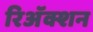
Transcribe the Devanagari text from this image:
रिअॅक्शन